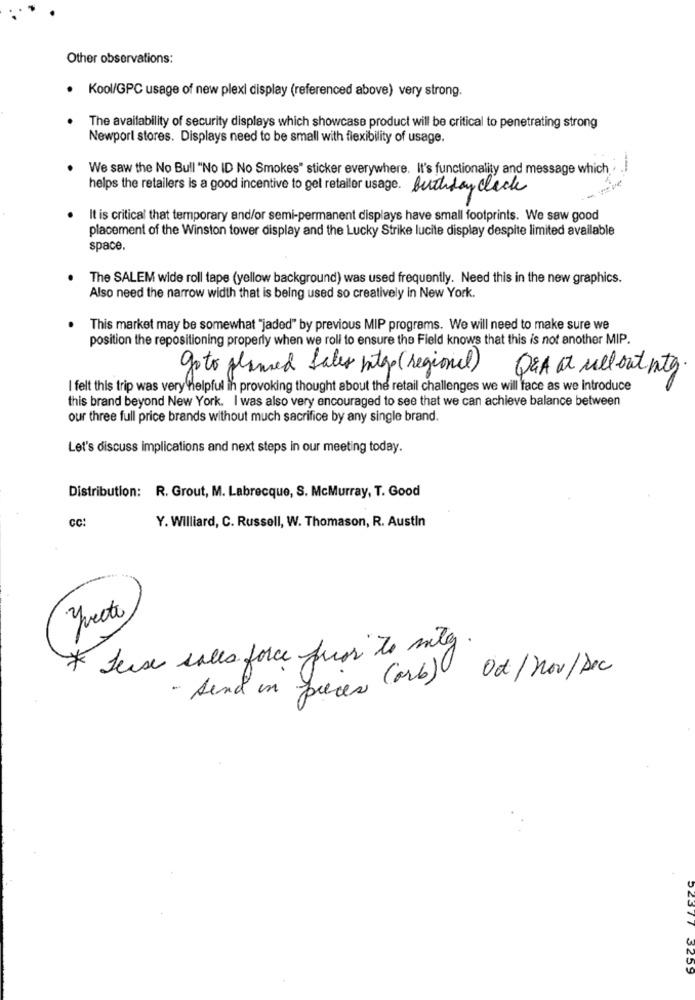
Other observations:
Kool/GPC usage of new plexi display (referenced above) very strong.
The availability of security displays which showcase product will be critical to penetrating strong
Newport stores. Displays need to be small with flexibility of usage.
We saw the No Bull "No ID No Smokes" sticker everywhere. It's functionality and message which .. .
helps the retailers is a good incentive to get retailer usage. Buthday click
It is critical that temporary and/or semi-permanent displays have small footprints. We saw good
placement of the Winston tower display and the Lucky Strike lucite display despite limited available
space.
The SALEM wide roll tape (yellow background) was used frequently. Need this in the new graphics.
Also need the narrow width that is being used so creatively in New York.
This market may be somewhat "jaded" by previous MIP programs. We will need to make sure we
position the repositioning properly when we roll to ensure the Field knows that this is not another MIP.
go to glumed Sales itgo ( regional)
Q&A at Mel out ntg
I felt this trip was very helpful in provoking thought about the retail challenges we will face as we introduce
this brand beyond New York. I was also very encouraged to see that we can achieve balance between
our three full price brands without much sacrifice by any single brand.
Let's discuss implications and next steps in our meeting today.
Distribution: R. Grout, M. Labrecque, S. McMurray, T. Good
CC:
Y. Williard, C. Russell, W. Thomason, R. Austin
Teeth
Seix sales force puss to mitg.
" Send in pieces (orb) Od/ nov /Dec
3259